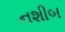
નશીબ